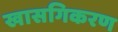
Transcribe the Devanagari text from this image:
खासगिकरण